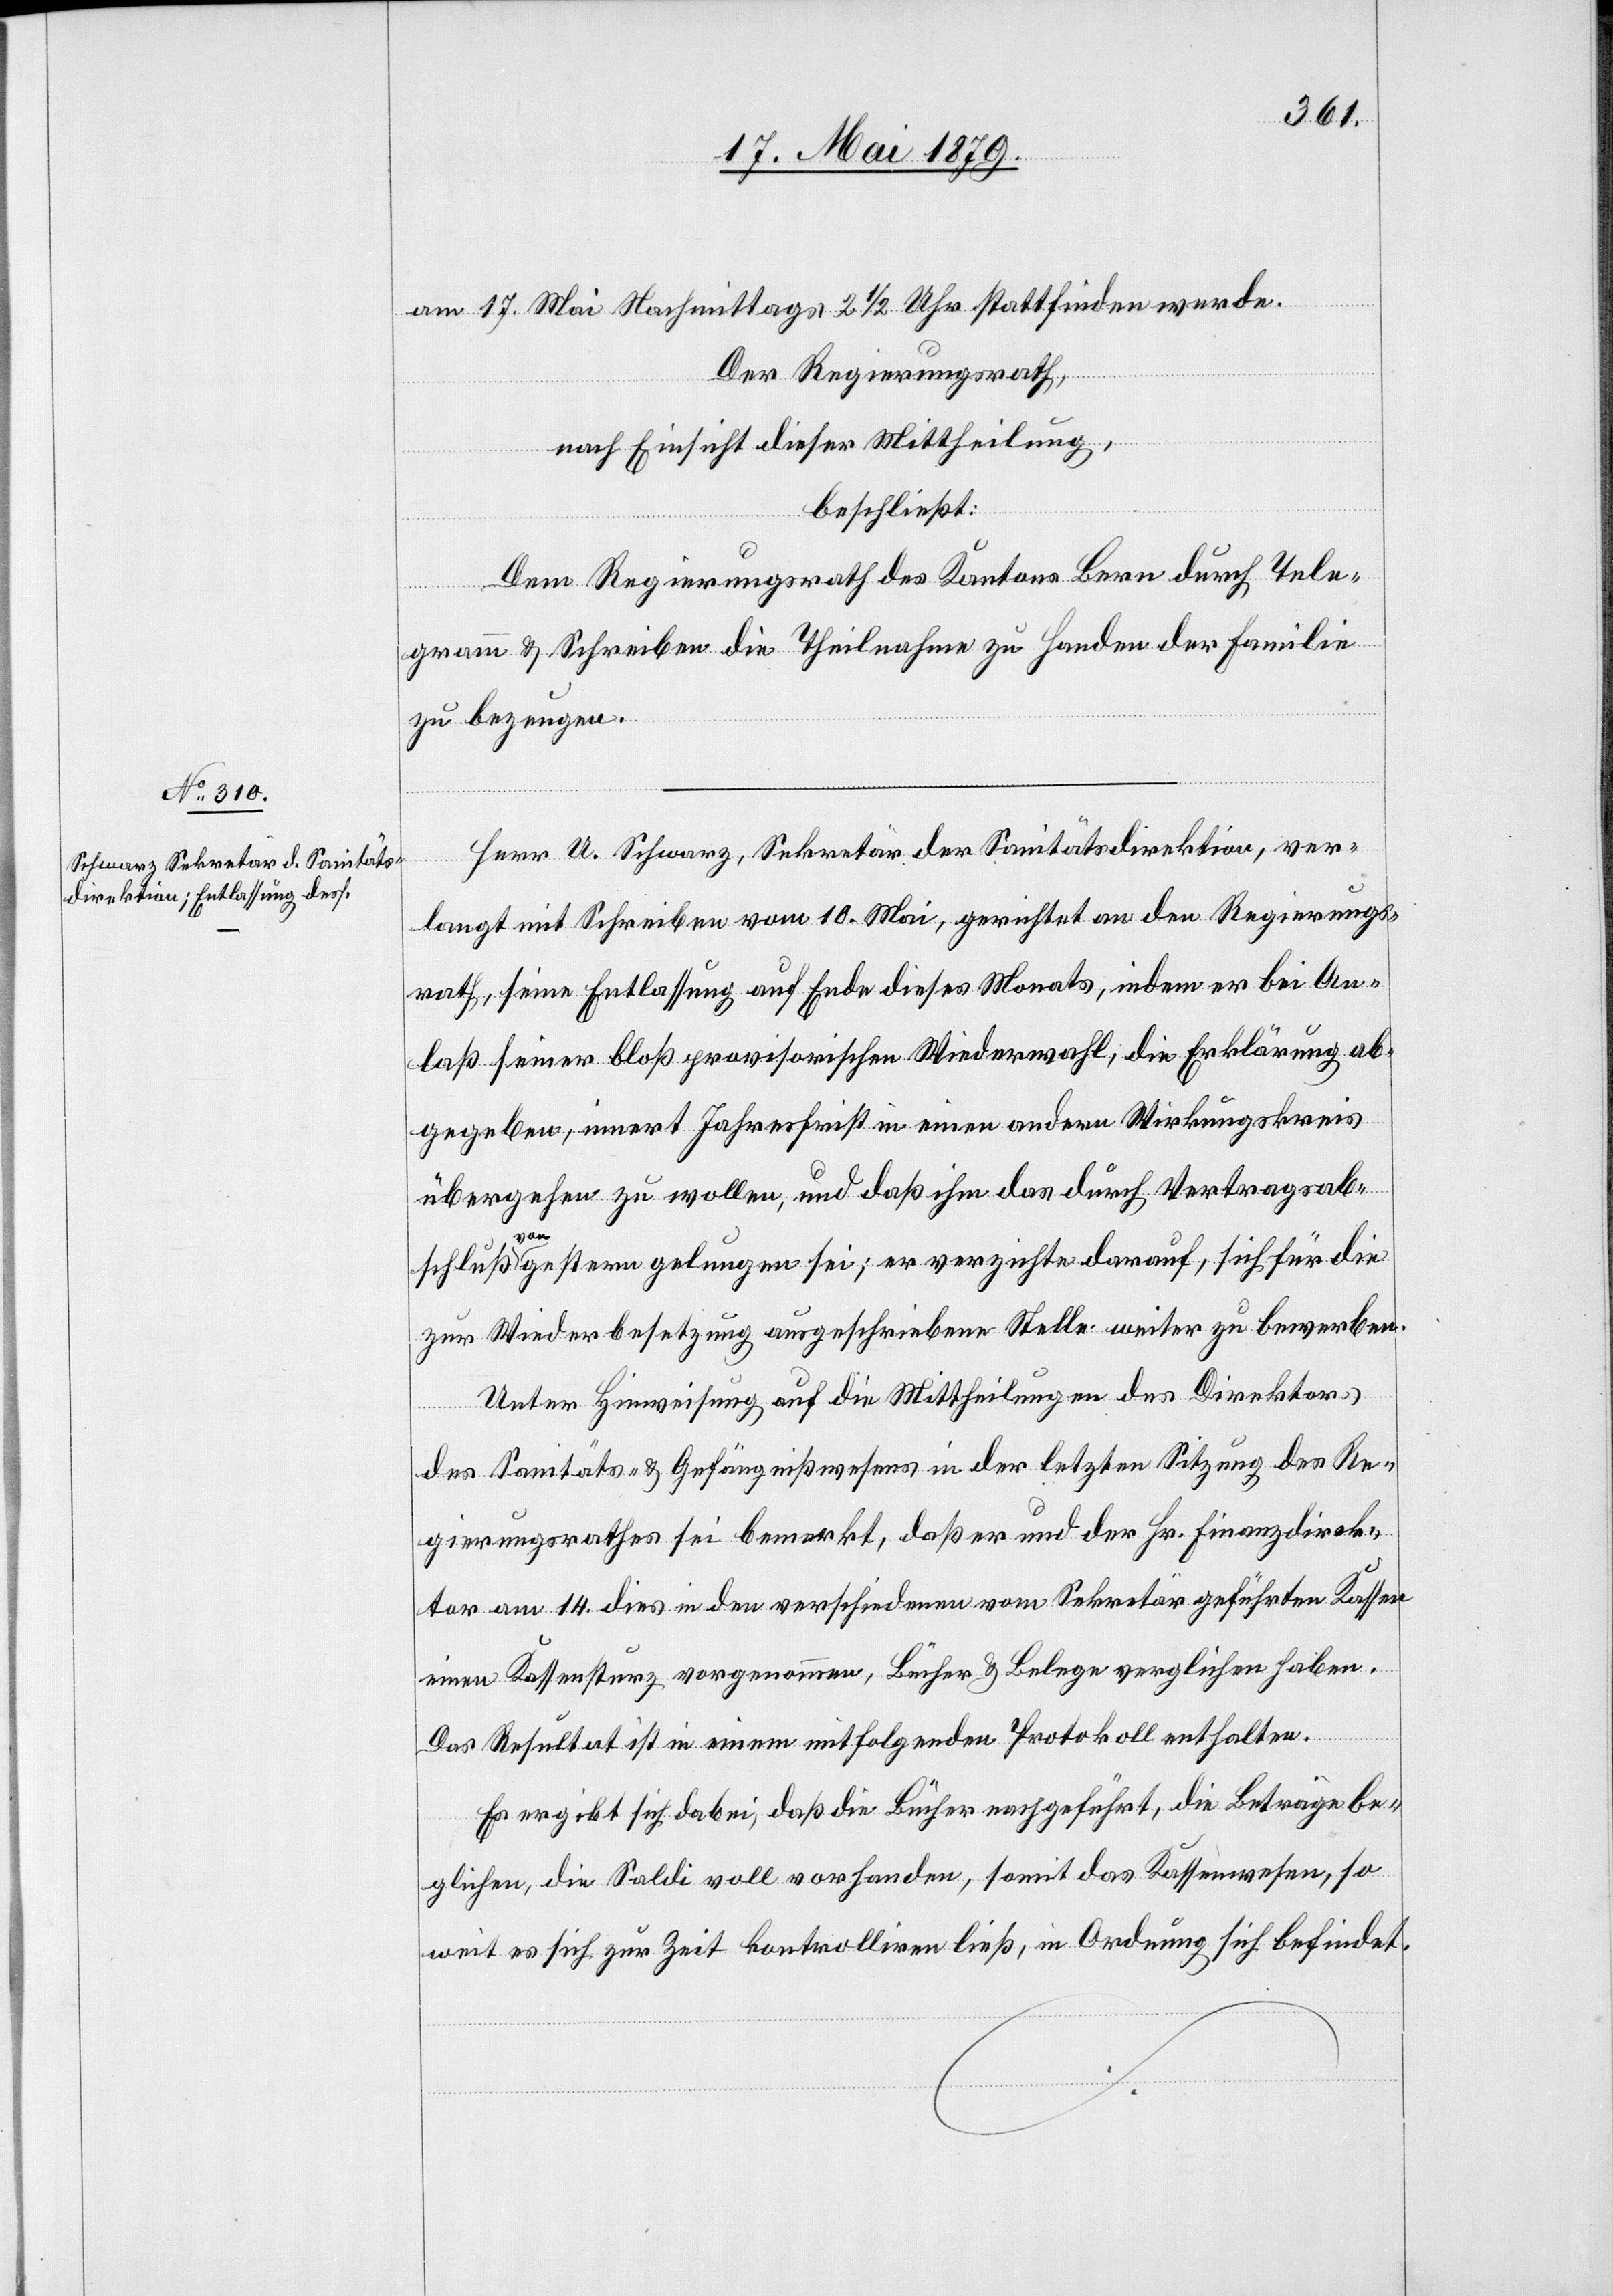
am 17. Mai Nachmittags 2 1/2 Uhr stattfinden werde.
Der Regierungsrath,
nach Einsicht dieser Mittheilung,
beschließt:
Dem Regierungsrath des Kantons Bern durch Tele¬
gramm & Schreiben die Theilnahme zu Handen der Familie
zu bezeugen.
Herr U. Schwarz, Sekretär der Sanitätsdirektion, ver¬
langt mit Schreiben vom 10. Mai, gerichtet an den Regierungs¬
rath, seine Entlassung auf Ende dieses Monats, indem er bei An¬
laß seiner bloß provisorischen Wiederwahl, die Erklärung ab¬
gegeben, innert Jahresfrist in einen andern Wirkungskreis
übergehen zu wollen, und daß ihm das durch Vertragsab¬
schluß von gestern gelungen sei; er verzichte darauf, sich für die
zur Wiederbesetzung ausgeschriebene Stelle weiter zu bewerben.
Unter Hinweisung auf die Mittheilungen des Direktors
des Sanitäts- & Gefängnißwesens in der letzten Sitzung des Re¬
gierungsrathes sei bemerkt, daß er und der Hr. Finanzdirek¬
tor am 14. dies in den verschiedenen vom Sekretär geführten Kassen
einen Kassensturz vorgenommen, Bücher & Belege verglichen haben.
Das Resultat ist in einem mitfolgenden Protokoll enthalten.
Es ergibt sich dabei, daß die Bücher nachgeführt, die Beträge be¬
glichen, die Saldi voll vorhanden, somit das Kassenwesen, so
weit es sich zur Zeit kontrolliren ließ, in Ordnung sich befindet.